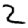
Digit: 2